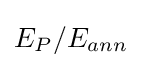
E_{P}/E_{ann}